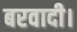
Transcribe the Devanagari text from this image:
बरवादी।